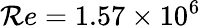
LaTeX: \mathcal{R}e=1.57\times10^{6}